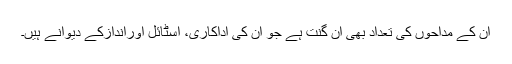
ان کے مداحوں کی تعداد بھی ان گنت ہے جو ان کی اداکاری، اسٹائل اوراندازکے دیوانے ہیں۔